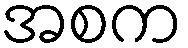
အစက